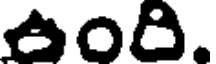
ఉంది.